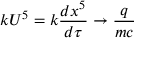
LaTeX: k U ^ { 5 } = k { \frac { d x ^ { 5 } } { d \tau } } \rightarrow { \frac { q } { m c } }